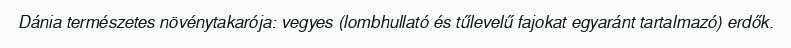
Dánia természetes növénytakarója: vegyes (lombhullató és tűlevelű fajokat egyaránt tartalmazó) erdők.